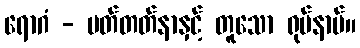
ရောဂံ - မတ်တတ်နာနှင့် တူသော ရုပ်နာမ်။